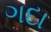
ગદા